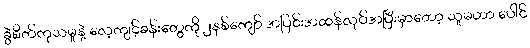
ခွဲစိတ်ကုသမှုနဲ့ လေ့ကျင့်ခန်းတွေကို ၂နှစ်ကျော် အပြင်းအထန်လုပ်အပြီးမှာတော့ သူမဟာ ပေါင်